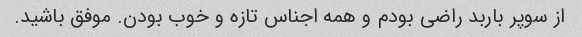
از سوپر باربد راضی بودم و همه اجناس تازه و خوب بودن. موفق باشید.